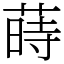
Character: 蒔